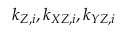
k _ { Z , i } , k _ { X Z , i } , k _ { Y Z , i }